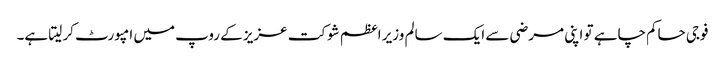
فوجی حاکم چاہے تو اپنی مرضی سے ایک سالم وزیر اعظم شوکت عزیز کے روپ میں امپورٹ کر لیتا ہے۔